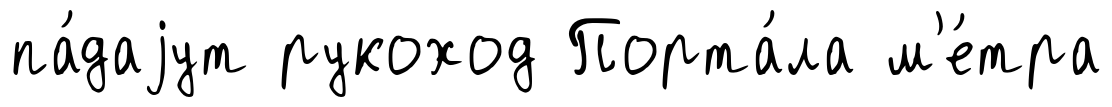
па́даjут рукоход Порта́ла м'е́тра